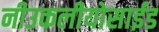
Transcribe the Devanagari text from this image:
नीउकलीयोसाईड